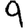
Digit: 9